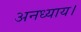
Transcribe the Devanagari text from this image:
अनध्याय।